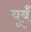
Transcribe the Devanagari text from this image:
यूर्बँ